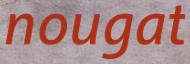
nougat